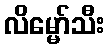
လိမ္မော်သီး